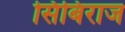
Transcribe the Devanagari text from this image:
सिबिराज